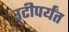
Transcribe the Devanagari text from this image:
उटीपर्यंत